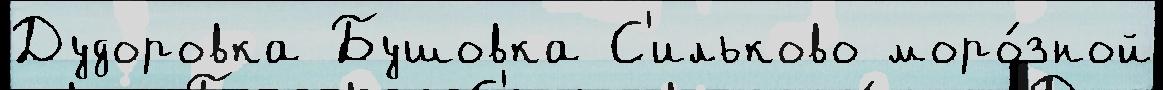
Дудоровка Бушовка С'ильково моро́зной